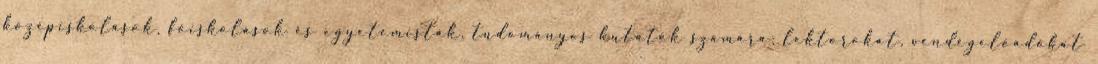
középiskolások, főiskolások és egyetemisták, tudományos kutatók számára; lektorokat, vendégelőadókat